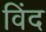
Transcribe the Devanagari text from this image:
विंद